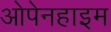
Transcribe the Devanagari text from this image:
ओपेनहाइम